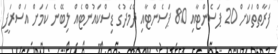
ފަރާތްތަކަށް 20 ޕަސެންޓާއި 80 ޕަސެންޓާއި ދެމެދުގެ ޑިސްކައުންޓެއް ލިބޭނެ ކަމަށް އަސްރަފީ